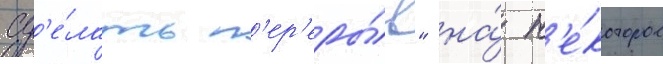
сд'е́лать п'ер'еры́в" на́ н'е́которое